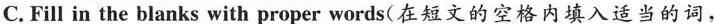
C. Fill in the blanks with proper words(在短文的空格内填入适当的词,